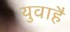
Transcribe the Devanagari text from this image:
युवाहै